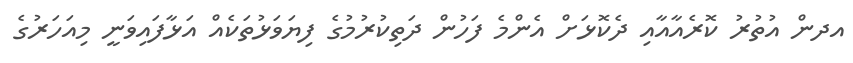
އދން އުތުރު ކޮރެއާއާއި ދެކޮޅަށް އެންމެ ފަހުން ދަތިކުރުމުގެ ފިޔަވަޅުތަކެއް އަޅާފައިވަނީ މިއަހަރުގެ